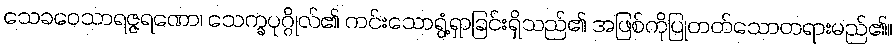
သေခဝေသာရဇ္ဇရဏော၊ သေက္ခပုဂ္ဂိုလ်၏ ကင်းသောရွံ့ရှာခြင်းရှိသည်၏ အဖြစ်ကိုပြုတတ်သောတရားမည်၏။